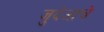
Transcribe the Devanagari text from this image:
जुदेआचे